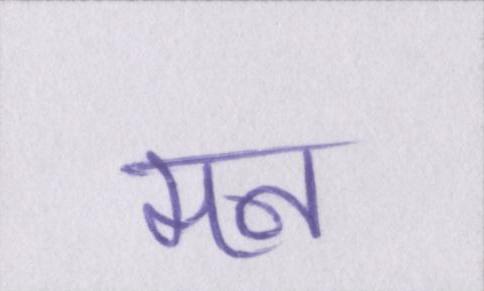
मन